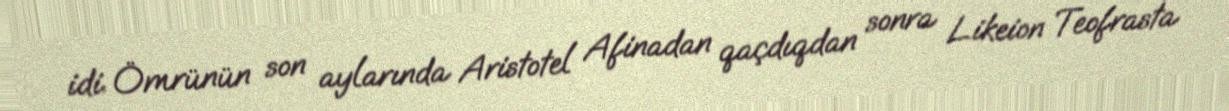
idi. Ömrünün son aylarında Aristotel Afinadan qaçdıqdan sonra Likeion Teofrasta